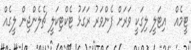
ޓީމެއް  އިޓަލީ ލިގަކީ ވަރަށް ފެންވަރު ރަގަޅު ޓެކްޓިކަލީ ޗެލެންޖިން ލީގެއް